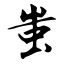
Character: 蚩